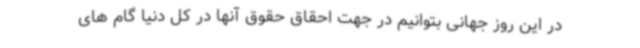
در این روز جهانی بتوانیم در جهت احقاق حقوق آنها در کل دنیا گام های